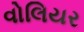
વોલિયર